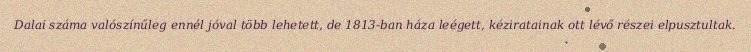
Dalai száma valószínűleg ennél jóval több lehetett, de 1813-ban háza leégett, kéziratainak ott lévő részei elpusztultak.